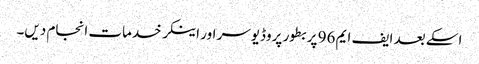
اسکے بعد ایف ایم 96 پر بطور پروڈیوسر اور اینکر خدمات انجام دیں۔